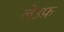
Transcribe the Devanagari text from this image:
लेउफ़